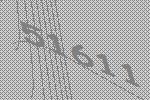
51611